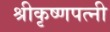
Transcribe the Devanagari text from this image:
श्रीकृष्णपत्नी